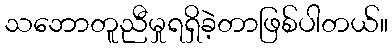
သဘောတူညီမှုရရှိခဲ့တာဖြစ်ပါတယ်။